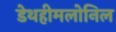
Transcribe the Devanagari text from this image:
डेथहीमलोनिल